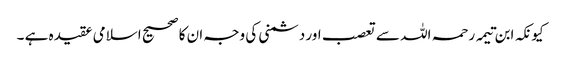
کیونکہ ابن تیمہ رحمہ اللہ سے تعصب اور دشمنی کی وجہ ان کا صحیح اسلامی عقیدہ ہے ۔